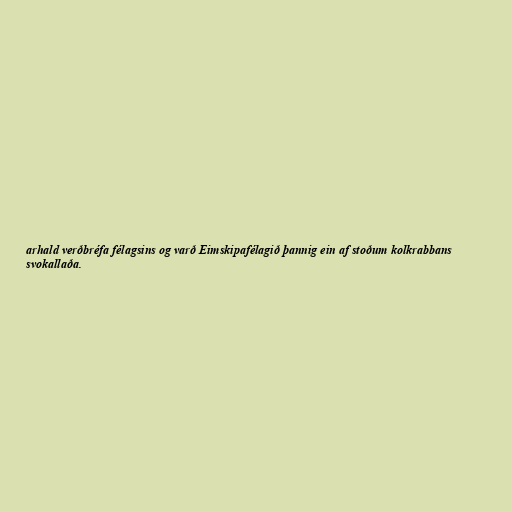
arhald verðbréfa félagsins og varð Eimskipafélagið þannig ein af stoðum kolkrabbans
svokallaða.